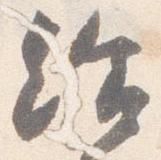
給